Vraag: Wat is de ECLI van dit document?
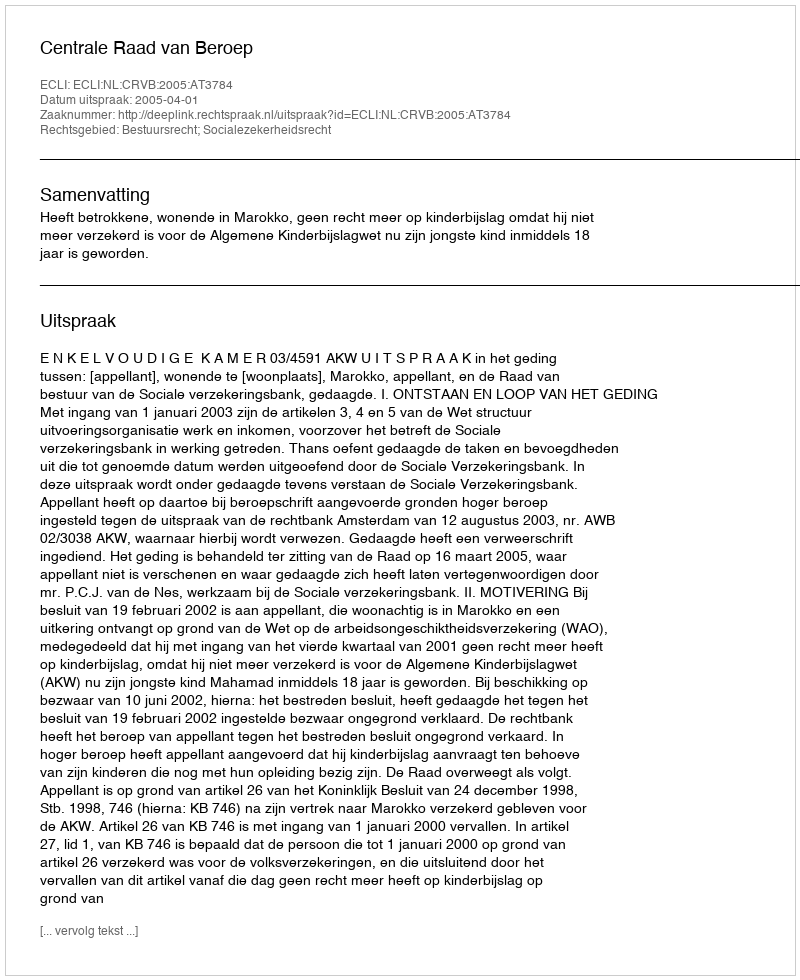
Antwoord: ECLI:NL:CRVB:2005:AT3784